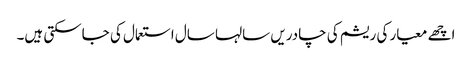
اچھے معیار کی ریشم کی چادریں سالہا سال استعمال کی جاسکتی ہیں۔